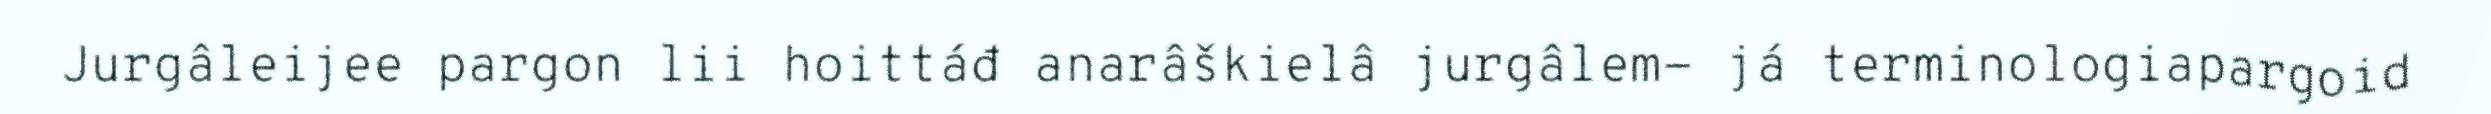
Jurgâleijee pargon lii hoittáđ anarâškielâ jurgâlem- já terminologiapargoid